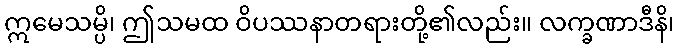
ဣမေသမ္ပိ၊ ဤသမထ ဝိပဿနာတရားတို့၏လည်း။ လက္ခဏာဒီနိ၊